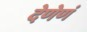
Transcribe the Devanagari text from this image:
देणेणं